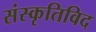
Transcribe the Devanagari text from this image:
संस्कृतिविद